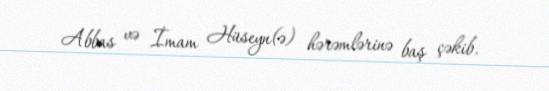
Abbas və İmam Hüseyn(ə) hərəmlərinə baş çəkib.